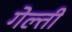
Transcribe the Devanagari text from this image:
गेल्ती